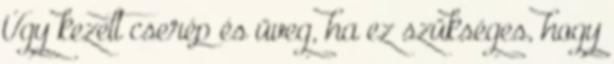
Úgy kezelt cserép és üveg, ha ez szükséges, hogy